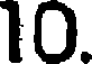
10.